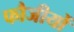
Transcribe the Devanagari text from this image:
फौजीयों